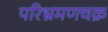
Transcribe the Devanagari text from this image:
परिभ्रमणचक्र